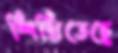
শিখিতেছে